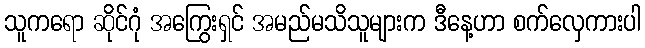
သူကရော ဆိုင်ဂုံ အကြွေးရှင် အမည်မသိသူများက ဒီနေ့ဟာ စက်လှေကားပါ